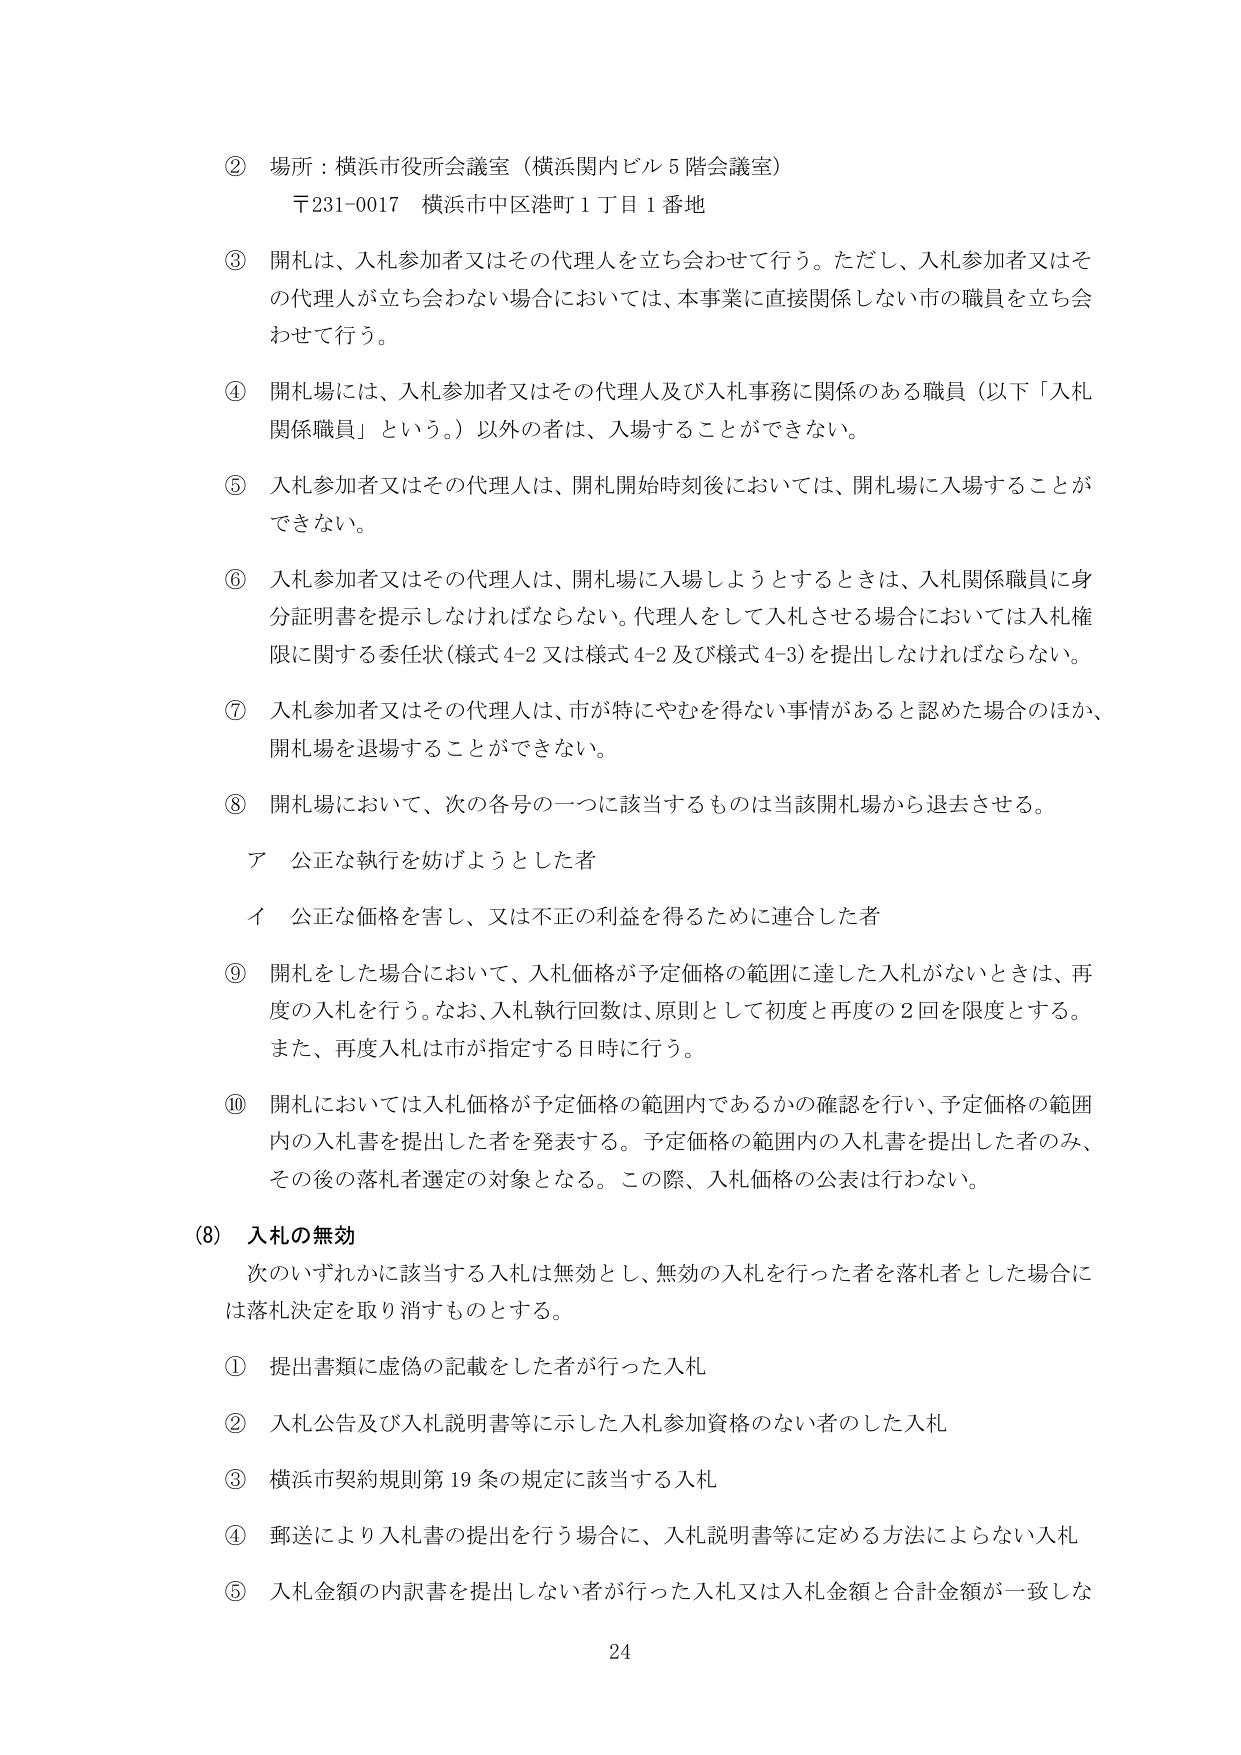
② 場所：横浜市役所会議室（横浜関内ビル5階会議室）
〒231-0017 横浜市中区港町1丁目1番地

③ 開札は、入札参加者又はその代理人を立ち会わせて行う。ただし、入札参加者又はその代理人が立ち会わない場合においては、本事業に直接関係しない市の職員を立ち会わせて行う。

④ 開札場には、入札参加者又はその代理人及び入札事務に関係のある職員（以下「入札関係職員」という。）以外の者は、入場することができない。

⑤ 入札参加者又はその代理人は、開札開始時刻後においては、開札場に入場することができない。

⑥ 入札参加者又はその代理人は、開札場に入場しようとするときは、入札関係職員に身分証明書を提示しなければならない。代理人をして入札させる場合においては入札権限に関する委任状（様式4-2又は様式4-2及び様式4-3）を提出しなければならない。

⑦ 入札参加者又はその代理人は、市が特にやむを得ない事情があると認めた場合のほか、開札場を退場することができない。

⑧ 開札場において、次の各号の一つに該当するものは当該開札場から退去させる。
ア 公正な執行を妨げようとした者
イ 公正な価格を害し、又は不正の利益を得るために連合した者

⑨ 開札をした場合において、入札価格が予定価格の範囲に達した入札がないときは、再度の入札を行う。なお、入札執行回数は、原則として初度と再度の2回を限度とする。また、再度入札は市が指定する日時に行う。

⑩ 開札においては入札価格が予定価格の範囲内であるかの確認を行い、予定価格の範囲内の入札書を提出した者を発表する。予定価格の範囲内の入札書を提出した者のみ、その後の落札者選定の対象となる。この際、入札価格の公表は行わない。

(8) 入札の無効
次のいずれかに該当する入札は無効とし、無効の入札を行った者を落札者とした場合には落札決定を取り消すものとする。
① 提出書類に虚偽の記載をした者が行った入札
② 入札公告及び入札説明書等に示した入札参加資格のない者のした入札
③ 横浜市契約規則第19条の規定に該当する入札
④ 郵送により入札書の提出を行う場合に、入札説明書等に定める方法によらない入札
⑤ 入札金額の内訳書を提出しない者が行った入札又は入札金額と合計金額が一致しな

24